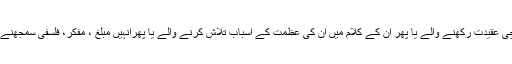
اقبال كے مخالفین ہوں یا ان كے نام كا كلمہ پڑھنے والے یا ان سے سچی عقیدت ركھنے والے یا پھر ان كے كلام میں ان كی عظمت كے اسباب تلاش كرنے والے یا پھرانہیں مبلغ ، مفكر، فلسفی سمجھنے والے سبھوں كے یہاں اقبال اپنی پوری بڑائی كے ساتھ نظر آتے ہیں ۔